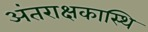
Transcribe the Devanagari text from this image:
अंतराक्षकास्थि